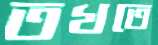
তখতে